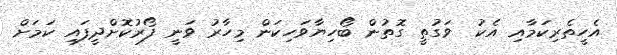
އެހީތެރިކަމާއި އެކު  ވަގުތީ ގޮތުން ބޯހިޔާވަހިކަން މިހާރު ވަނީ ފޯރުކޮށްދީފައި ކަމަށް